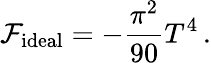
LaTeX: {\cal F}_{\mathrm{ideal}}=-{\frac{\pi^{2}}{90}}T^{4}\, .